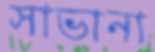
সাভানা